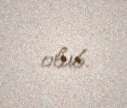
olub.